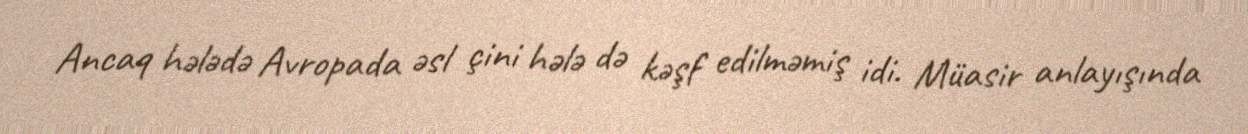
Ancaq hələdə Avropada əsl çini hələ də kəşf edilməmiş idi. Müasir anlayışında